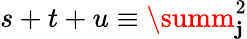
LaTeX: s+t+u\equiv\summ_{\mathbf{j}}^{2}